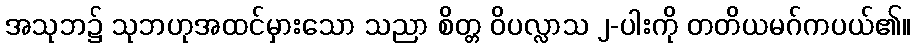
အသုဘ၌ သုဘဟုအထင်မှားသော သညာ စိတ္တ ဝိပလ္လာသ ၂-ပါးကို တတိယမဂ်ကပယ်၏။